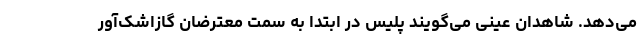
می‌دهد. شاهدان عینی می‌گویند پلیس در ابتدا به سمت معترضان گازاشک‌آور